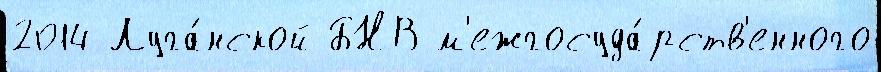
2014 Луга́нской БНВ м'ежгосуда́рств'енного